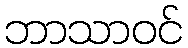
ဘာသာဝင်